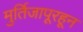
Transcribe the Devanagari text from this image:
मुर्तिजापूरहून